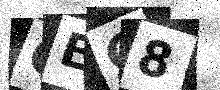
Text: GEG8